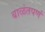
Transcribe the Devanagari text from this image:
बाळंतपणं